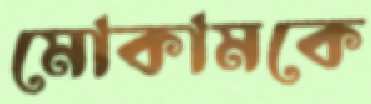
মোকামকে